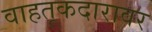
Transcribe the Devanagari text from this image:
वाहतूकदारावर